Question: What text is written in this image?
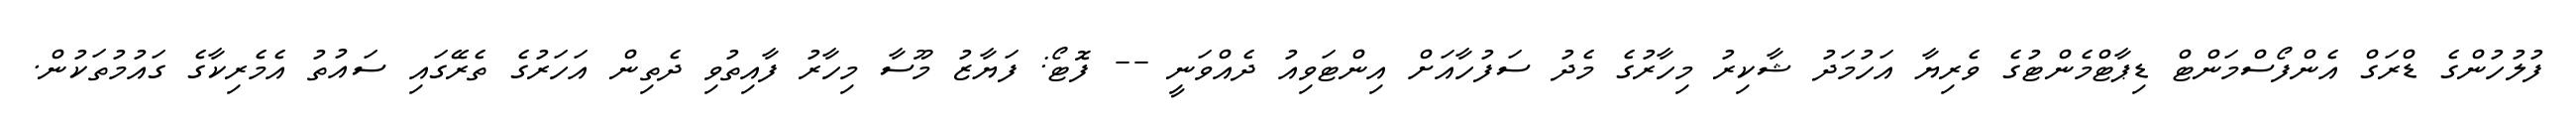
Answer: ފުލުހުންގެ ޑްރަގް އެންފޯސްމަންޓް ޑިޕާޓްމެންޓުގެ ވެރިޔާ އަހުމަދު ޝާކިރު މިހާރުގެ މެދު ސަފުހާއަށް އިންޓަވިއު ދެއްވަނީ -- ފޮޓޯ: ފަޔާޒު މޫސާ މިހާރު ފާއިތުވި ދެތިން އަހަރުގެ ތެރޭގައި ސައުތު އެމެރިކާގެ ގައުމުތަކުން.